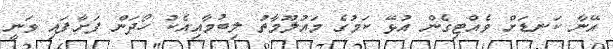
އޭނާ ކަނޑަށް ވެއްޓިގެން އުޅޭ ކަމުގެ މައުލޫމާތު ލިބުމާއިއެކު ހޯދަން ފަށާފައި ވަނީ